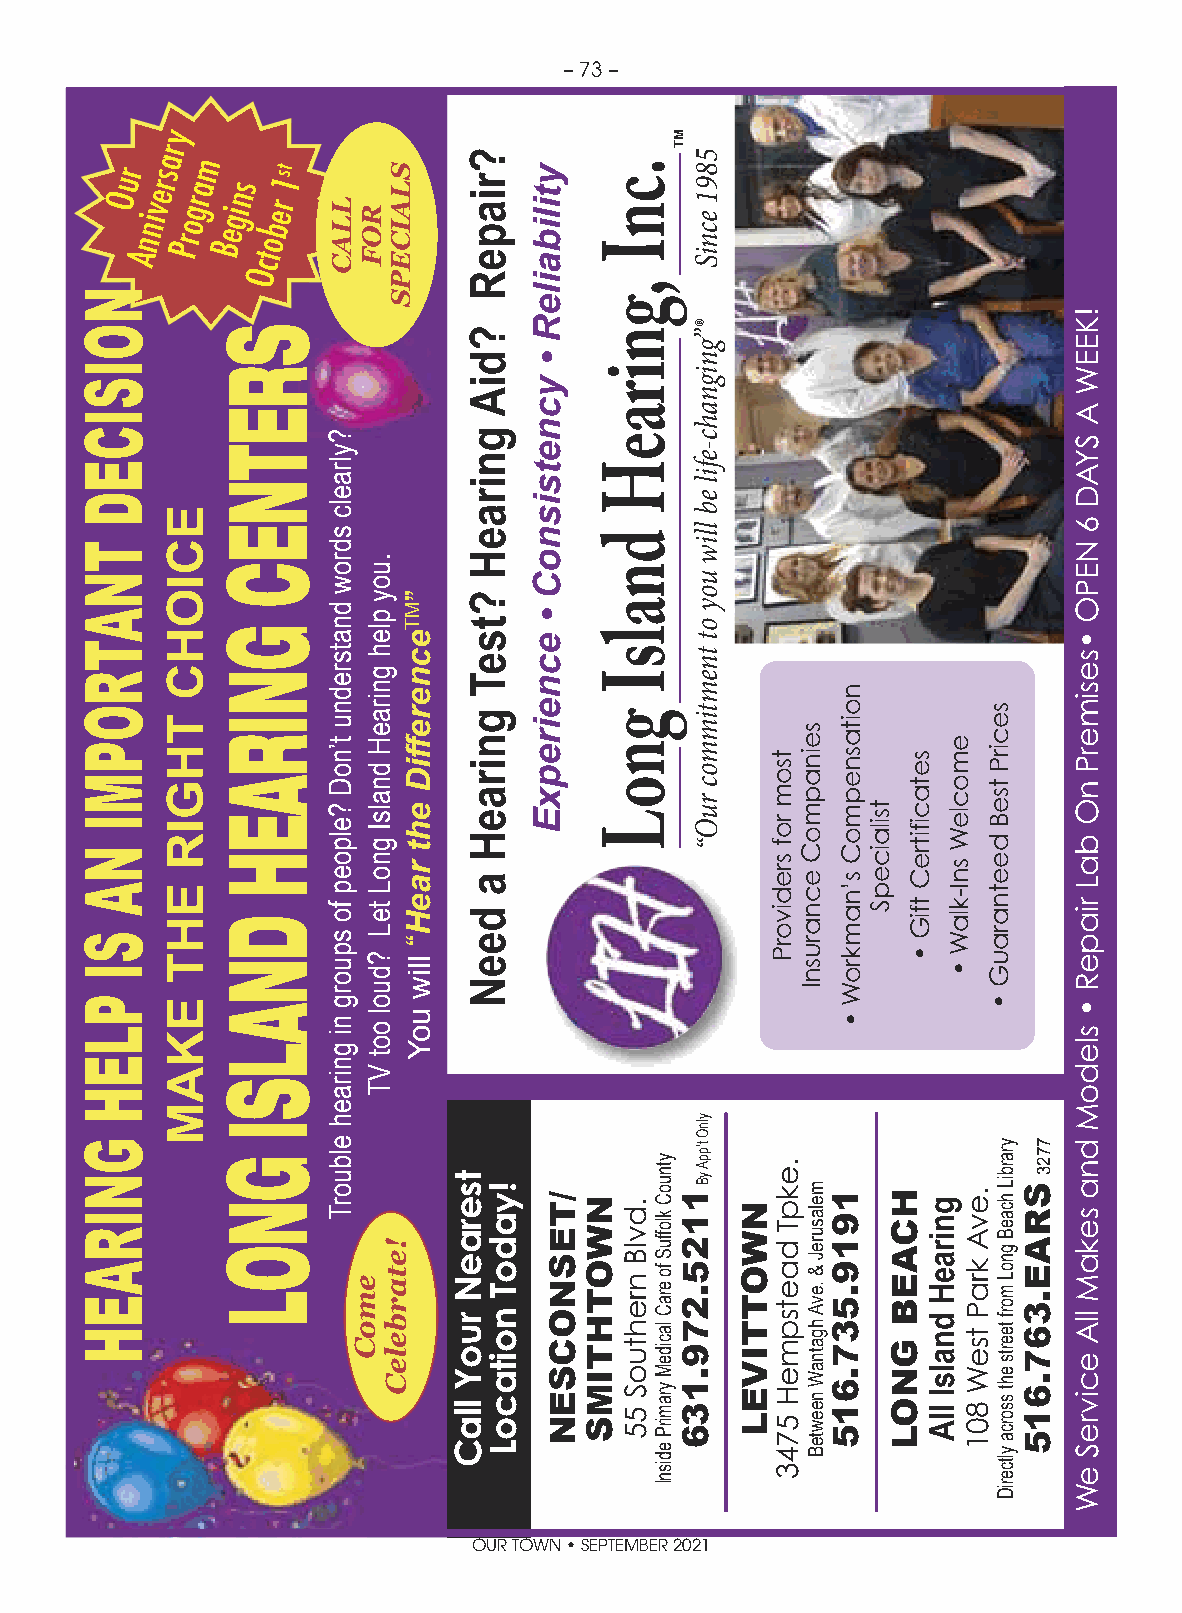
– 73 –
 y
 r
 ur rsa am
 s
 1st
 O nnive Progr Begin ober
 A        t
 c
 O
 OUR TOWN • SEPTEMBER 2021
 NOISICED
 TNATROPMI
 NA
 SI
 PLEH
 GNIRAEH
 ECIOHC
 THGIR
 EHT
 EKAM
 SRETNEC
 GNIRAEH
 DNALSI
 GNOL
 LLAC
 ?ylraelc
 sdrow
 dnatsrednu
 t’noD
 ?elpoep
 fo
 spuorg
 ni
 gniraeh
 elbuorT
 emoC
 ROF
 .uoy
 pleh
 gniraeH
 dnalsI
 gnoL
 teL
 ?duol
 oot
 VT
 SLAICEPS
 !etarbeleC
 ”MTecnereffiD
 eht
 raeH“
 lliw
 uoY
 tseraeN
 ruoY
 llaC
 ?riapeR
 ?diA
 gniraeH
 ?tseT
 gniraeH
 a
 deeN
 !yadoT
 noitacoL
 ytilibaileR
 •
 ycnetsisnoC
 •
 ecneirepxE
 /TESNOCSEN NWOTHTIMS
 .cnI
 ,gniraeH
 dnalsI
 gnoL
 .dvlB
 nrehtuoS
 55
 ytnuoC
 kloffuS
 fo
 eraC
 lacideM
 yramirP
 edisnI
 MT
 1125.279.136
 5891
 ecniS
 ®”gnignahc-efil
 eb
 lliw
 uoy
 ot
 tnemtimmoc
 ruO“
 ylnO
 t’ppA
 yB
 NWOTTIVEL
 tsom
 rof
 sredivorP
 .ekpT
 daetspmeH
 5743
 seinapmoC
 ecnarusnI
 melasureJ
 &
 .evA
 hgatnaW
 neewteB
 noitasnepmoC
 s’namkroW
 •
 1919.537.615
 tsilaicepS
 HCAEB
 GNOL
 setacifitreC
 tfiG
 •
 gniraeH
 dnalsI
 llA
 emocleW
 snI-klaW
 •
 .evA
 kraP
 tseW
 801
 secirP
 tseB
 deetnarauG
 •
 yrarbiL
 hcaeB
 gnoL
 morf
 teerts
 eht
 ssorca
 yltceriD
 SRAE.367.615
 7723
 !KEEW
 A
 SYAD
 6
 NEPO
 •sesimerP
 nO
 baL
 riapeR
 •
 sledoM
 dna
 sekaM
 llA
 ecivreS
 eW